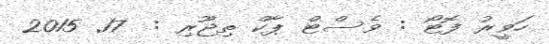
ހަވީރު ފޮޓޯ : ވެސްޓް ޕާކް ތިޖޫރި :  17